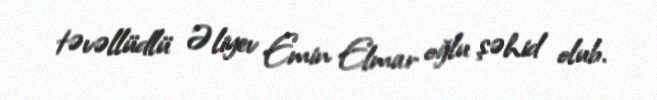
təvəllüdlü Əliyev Emin Elmar oğlu şəhid olub.